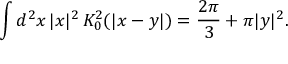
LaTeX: \int d ^ { 2 } x \, | x | ^ { 2 } \, K _ { 0 } ^ { 2 } ( | x - y | ) = \frac { 2 \pi } { 3 } + \pi | y | ^ { 2 } .